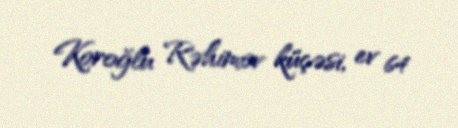
Koroğlu Rəhimov küçəsi, ev 64